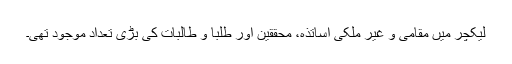
لیکچر میں مقامی و غیر ملکی اساتذہ، محققین اور طلبا و طالبات کی بڑی تعداد موجود تھی۔